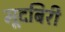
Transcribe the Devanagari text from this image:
मूदबिरी